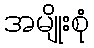
အမျိုးစုံ